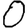
Digit: 0